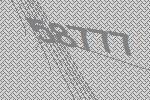
58777